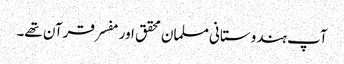
آپ ہندوستانی مسلمان محقق اور مفسر قرآن تھے۔